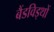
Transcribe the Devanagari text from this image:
बैंडविड्थों